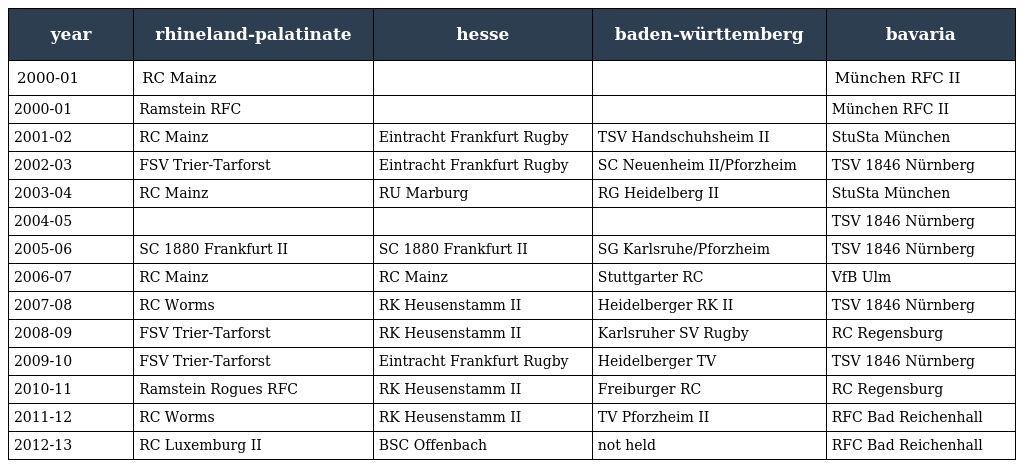
| year | rhineland-palatinate | hesse | baden-württemberg | bavaria |
 | --- | --- | --- | --- | --- |
 | 2000-01 | RC Mainz |  |  | München RFC II |
 | 2000-01 | Ramstein RFC |  |  | München RFC II |
 | 2001-02 | RC Mainz | Eintracht Frankfurt Rugby | TSV Handschuhsheim II | StuSta München |
 | 2002-03 | FSV Trier-Tarforst | Eintracht Frankfurt Rugby | SC Neuenheim II/Pforzheim | TSV 1846 Nürnberg |
 | 2003-04 | RC Mainz | RU Marburg | RG Heidelberg II | StuSta München |
 | 2004-05 |  |  |  | TSV 1846 Nürnberg |
 | 2005-06 | SC 1880 Frankfurt II | SC 1880 Frankfurt II | SG Karlsruhe/Pforzheim | TSV 1846 Nürnberg |
 | 2006-07 | RC Mainz | RC Mainz | Stuttgarter RC | VfB Ulm |
 | 2007-08 | RC Worms | RK Heusenstamm II | Heidelberger RK II | TSV 1846 Nürnberg |
 | 2008-09 | FSV Trier-Tarforst | RK Heusenstamm II | Karlsruher SV Rugby | RC Regensburg |
 | 2009-10 | FSV Trier-Tarforst | Eintracht Frankfurt Rugby | Heidelberger TV | TSV 1846 Nürnberg |
 | 2010-11 | Ramstein Rogues RFC | RK Heusenstamm II | Freiburger RC | RC Regensburg |
 | 2011-12 | RC Worms | RK Heusenstamm II | TV Pforzheim II | RFC Bad Reichenhall |
 | 2012-13 | RC Luxemburg II | BSC Offenbach | not held | RFC Bad Reichenhall |